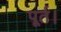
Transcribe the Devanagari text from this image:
पूर्त।